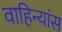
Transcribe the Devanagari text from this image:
वाहिन्यांस